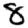
Digit: 8